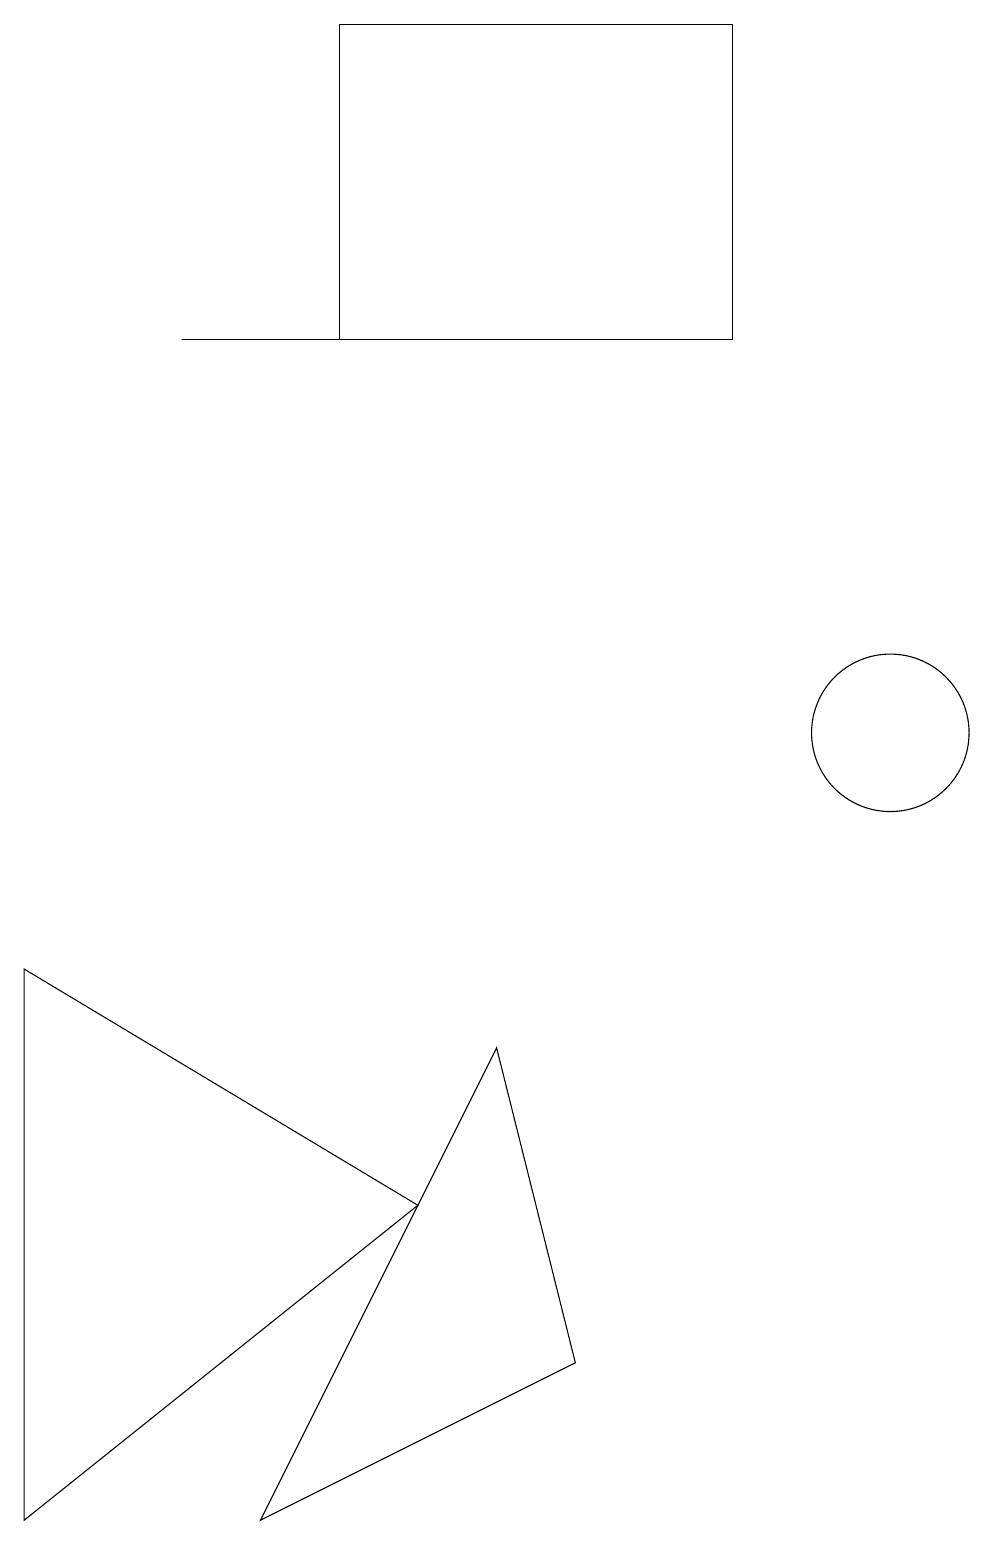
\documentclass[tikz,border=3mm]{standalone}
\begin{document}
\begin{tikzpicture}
\draw (3,0) -- (6,6) -- (7,2) -- cycle;
\draw (0,0) -- (5,4) -- (0,7) -- cycle;
\draw (9,15) rectangle (4,19);
\draw (8,15) rectangle (2,15);
\draw (11,10) circle (1);
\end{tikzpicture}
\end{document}